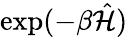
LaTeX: \exp(-\beta\hat{\mathcal{H}})